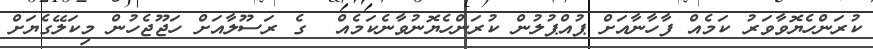
ކުރަންހެޔޮވާވަރު ކަމެއް ފާހާނާއަށް ޕުއްޕުލުން ކުރަންހެޔޮނުވާނެކަމެއް  ގެ ރަސޫލާއަށް ހަޖޫޖެހުން މިކަލޭގެޔަށް